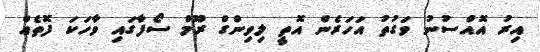
އިރު އޮއްސުނު ވަގުތު އަހަރެން އޮތީ ލިވިންގް ރޫމް ސޯފާގައި ވާހަކަ ފޮތެއް